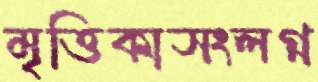
মৃত্তিকাসংলগ্ন